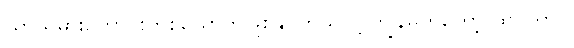
ယာသမားကောင်းတစ်ယောက်ဖြစ်နိုင်တယ်လို့ ကျွန်မကတော့ ထင်တာပဲ